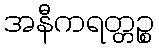
အနီကရတ္တဉ္စ